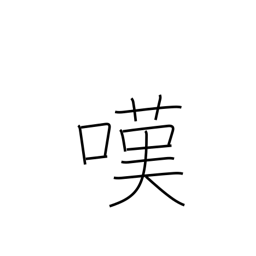
Meaning: lament